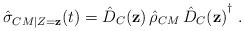
LaTeX: \begin{align*}\hat{\sigma}_{CM|Z=\mathbf{z}}(t) = \hat{D}_C(\mathbf{z})\,\hat{\rho}_{CM}\,{\hat{D}_C(\mathbf{z})}^\dag\;.\end{align*}